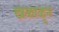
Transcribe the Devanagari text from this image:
खळाळून